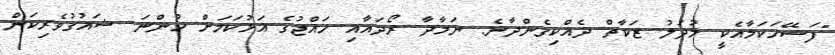
"ފަސޭހަކަމާއެކީ މުދަލު ޒަކާތް ދެއްކިގެންދާނެ. ނަމާދާ ރޯދައާއި ހައްޖުގެ އަޅުކަމަށް ހުންނަ ޝައުގުވެރިކަން